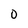
Character: 0